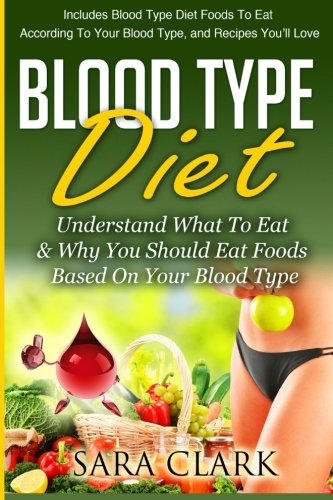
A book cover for Blood Type Diet: Understand What To Eat & Why You Should Eat Foods Based On Your Blood Type (Volume 1); Sara Clark; Health, Fitness & Dieting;